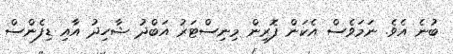
ބުނެ އެވެ. ނަމަވެސް އެކަން ފޮރިން މިނިސްޓަރު އަބްދު ޝާހިދު އާއި ޑިފެންސް